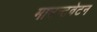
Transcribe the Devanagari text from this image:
माउन्टवेटन